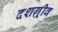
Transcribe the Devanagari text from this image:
दशग़्रीव